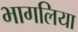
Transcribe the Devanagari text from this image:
भागलिया